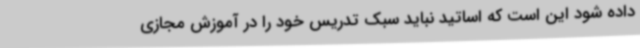
داده شود این است که اساتید نباید سبک تدریس خود را در آموزش مجازی